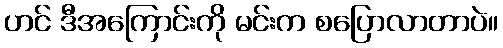
ဟင် ဒီအကြောင်းကို မင်းက စပြောလာတာပဲ။